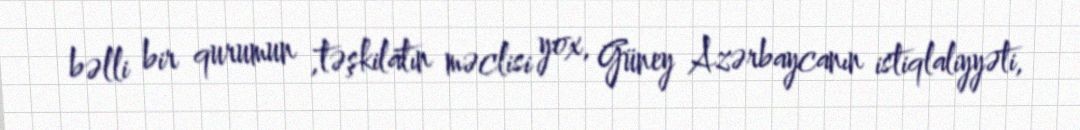
bəlli bir qurumun ,təşkilatın məclisi yox, Güney Azərbaycanın istiqlaliyyəti,